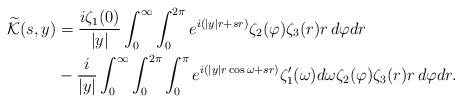
LaTeX: \begin{align*}\widetilde{\mathcal K}(s,y) &=\frac{i\zeta_1(0)}{|y|}\int_0^\infty\int_0^{2\pi} e^{i(|y|r+sr)}\zeta_2(\varphi)\zeta_3(r)r\,d\varphi dr \\&- \frac{i}{|y|}\int_0^\infty\int_0^{2\pi}\int_0^\pi e^{i(|y|r\cos\omega+sr)}\zeta_1'(\omega)d\omega \zeta_2(\varphi)\zeta_3(r)r\,d\varphi dr.\end{align*}